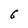
Character: 6